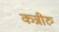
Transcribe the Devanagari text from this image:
कन्नीरु